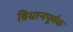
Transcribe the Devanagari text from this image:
विधानपूर्वक